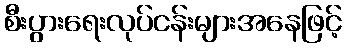
စီးပွားရေးလုပ်ငန်းများအနေဖြင့်